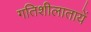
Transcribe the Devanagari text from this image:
गतिशीलातायें